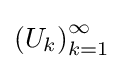
\left(U_{k}\right)_{k=1}^{\infty }